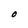
Character: O